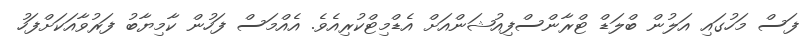
ފަސް މަހުގައި އަލުން ބްލަޑް ޓްރާންސްފިއުޝަންއަށް އެޑްމިޓްކުރިއެވެ. އެއްމަސް ފަހުން ކާމިޔާބު ފަރުވާއަކަށްފަހު